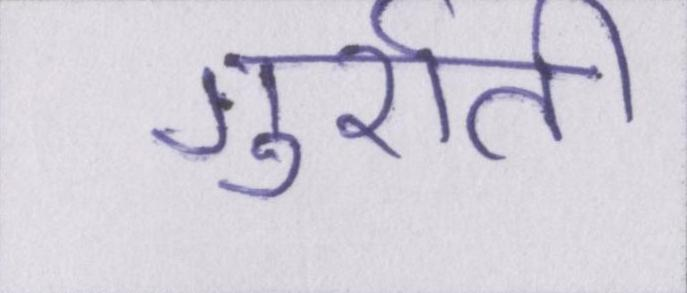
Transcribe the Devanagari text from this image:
गुर्राती